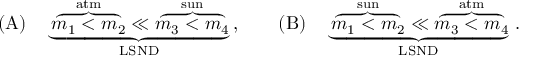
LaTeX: ( \mathrm { A } ) \quad \underbrace { \overbrace { m _ { 1 } < m _ { 2 } } ^ { \mathrm { a t m } } \ll \overbrace { m _ { 3 } < m _ { 4 } } ^ { \mathrm { s u n } } } _ { \mathrm { L S N D } } \, , \qquad ( \mathrm { B } ) \quad \underbrace { \overbrace { m _ { 1 } < m _ { 2 } } ^ { \mathrm { s u n } } \ll \overbrace { m _ { 3 } < m _ { 4 } } ^ { \mathrm { a t m } } } _ { \mathrm { L S N D } } \, .